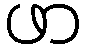
ဖာ